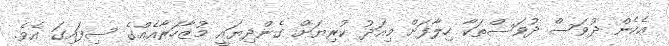
އެހެން ދުވަސް ދުވަސްތަކާ ހިލާފަށް މިއަދު ކުރިޔަށް ގެންދިޔައީ މުޒާހަރާއެއްގެ ސިފައިގަ އެވެ.